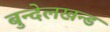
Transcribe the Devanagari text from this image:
बुन्देलखन्ड